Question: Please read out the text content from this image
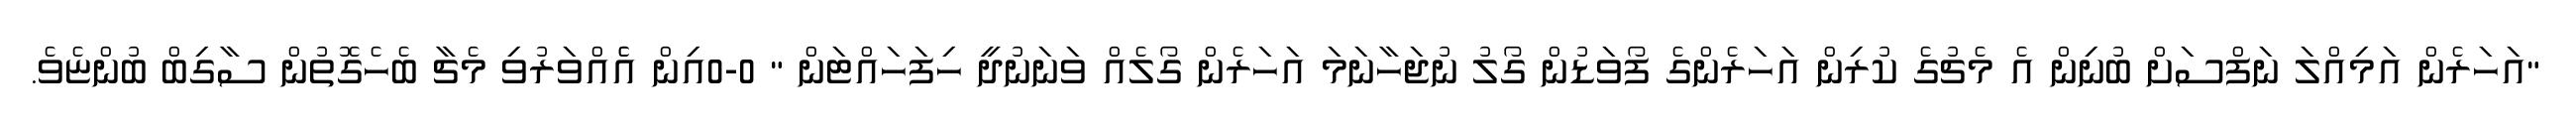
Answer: "އަހަރެން އަމިއްލަ ނަފްސަށް ބުނިން އެ މެޗުގެ ކުރިން އަހަރެންގެ ފޯވަޑުން ގޯލު ނުޖަހާނަމަ އަހަރެން ގޯލެއް ވަނަނުދީ ހިފަހައްޓަން " 0-0އިން އެެއްވަރުވި މެޗާ ބެހެގޮތުން ސާގިބް ބުންޏެވެ.